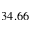
3 4 . 6 6